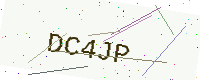
Text: DC4JP